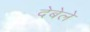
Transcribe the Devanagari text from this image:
देबेले